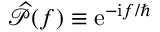
\widehat { \mathcal { P } } ( f ) \equiv \mathrm { e } ^ { - \mathrm { i } f / \hbar }